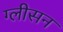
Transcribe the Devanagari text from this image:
ग्‍लीसन